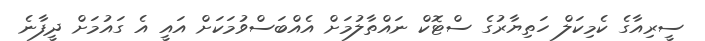
ސީރިއާގެ ކެމިކަލް ހަތިޔާރުގެ ސްޓޮކް ނައްތާލުމަށް އެއްބަސްވުމަކަށް އައީ އެ ގައުމަށް ދީފާނެ